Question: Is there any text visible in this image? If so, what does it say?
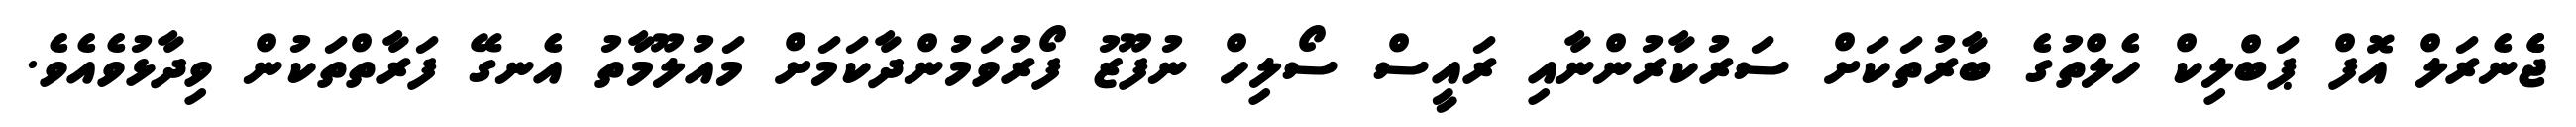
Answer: ޖެެނެރަލް އޮފް ޕަބްލިކް ހެލްތުގެ ބާރުތަކަށް ސަރުކާރުންނާއި ރައީސް ސޯލިހް ނުފޫޒު ފޯރުވަމުންދާކަމަށް މައުލޫމާތު އެނގޭ ފަރާތްތަކުން ވިދާޅުވެއެވެ.